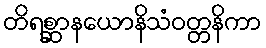
တိရစ္ဆာနယောနိသံဝတ္တနိကာ